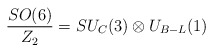
\begin{align*}\frac{SO(6)}{Z_2}= SU_C(3)\otimes U_{B-L}(1)\end{align*}